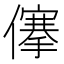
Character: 𠏯